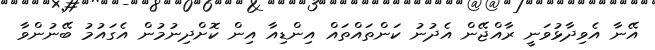
އޭނާ އެވިދާޅުވަނީ ރާއްޖޭން އެދުނު ކަންތައްތައް އިންޑިއާ އިން ކޮށްދިނުމުން އެގައުމު ބޭނުންވާ